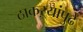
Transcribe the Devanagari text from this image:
ठाकऱ्यांपुढे